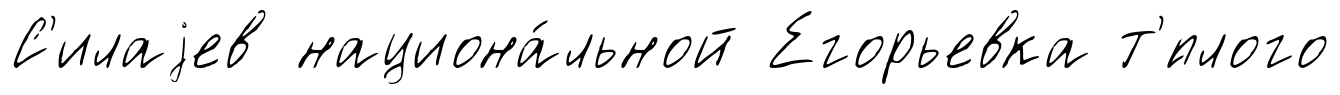
С'илаjев национа́льной Егорьевка т'́плого